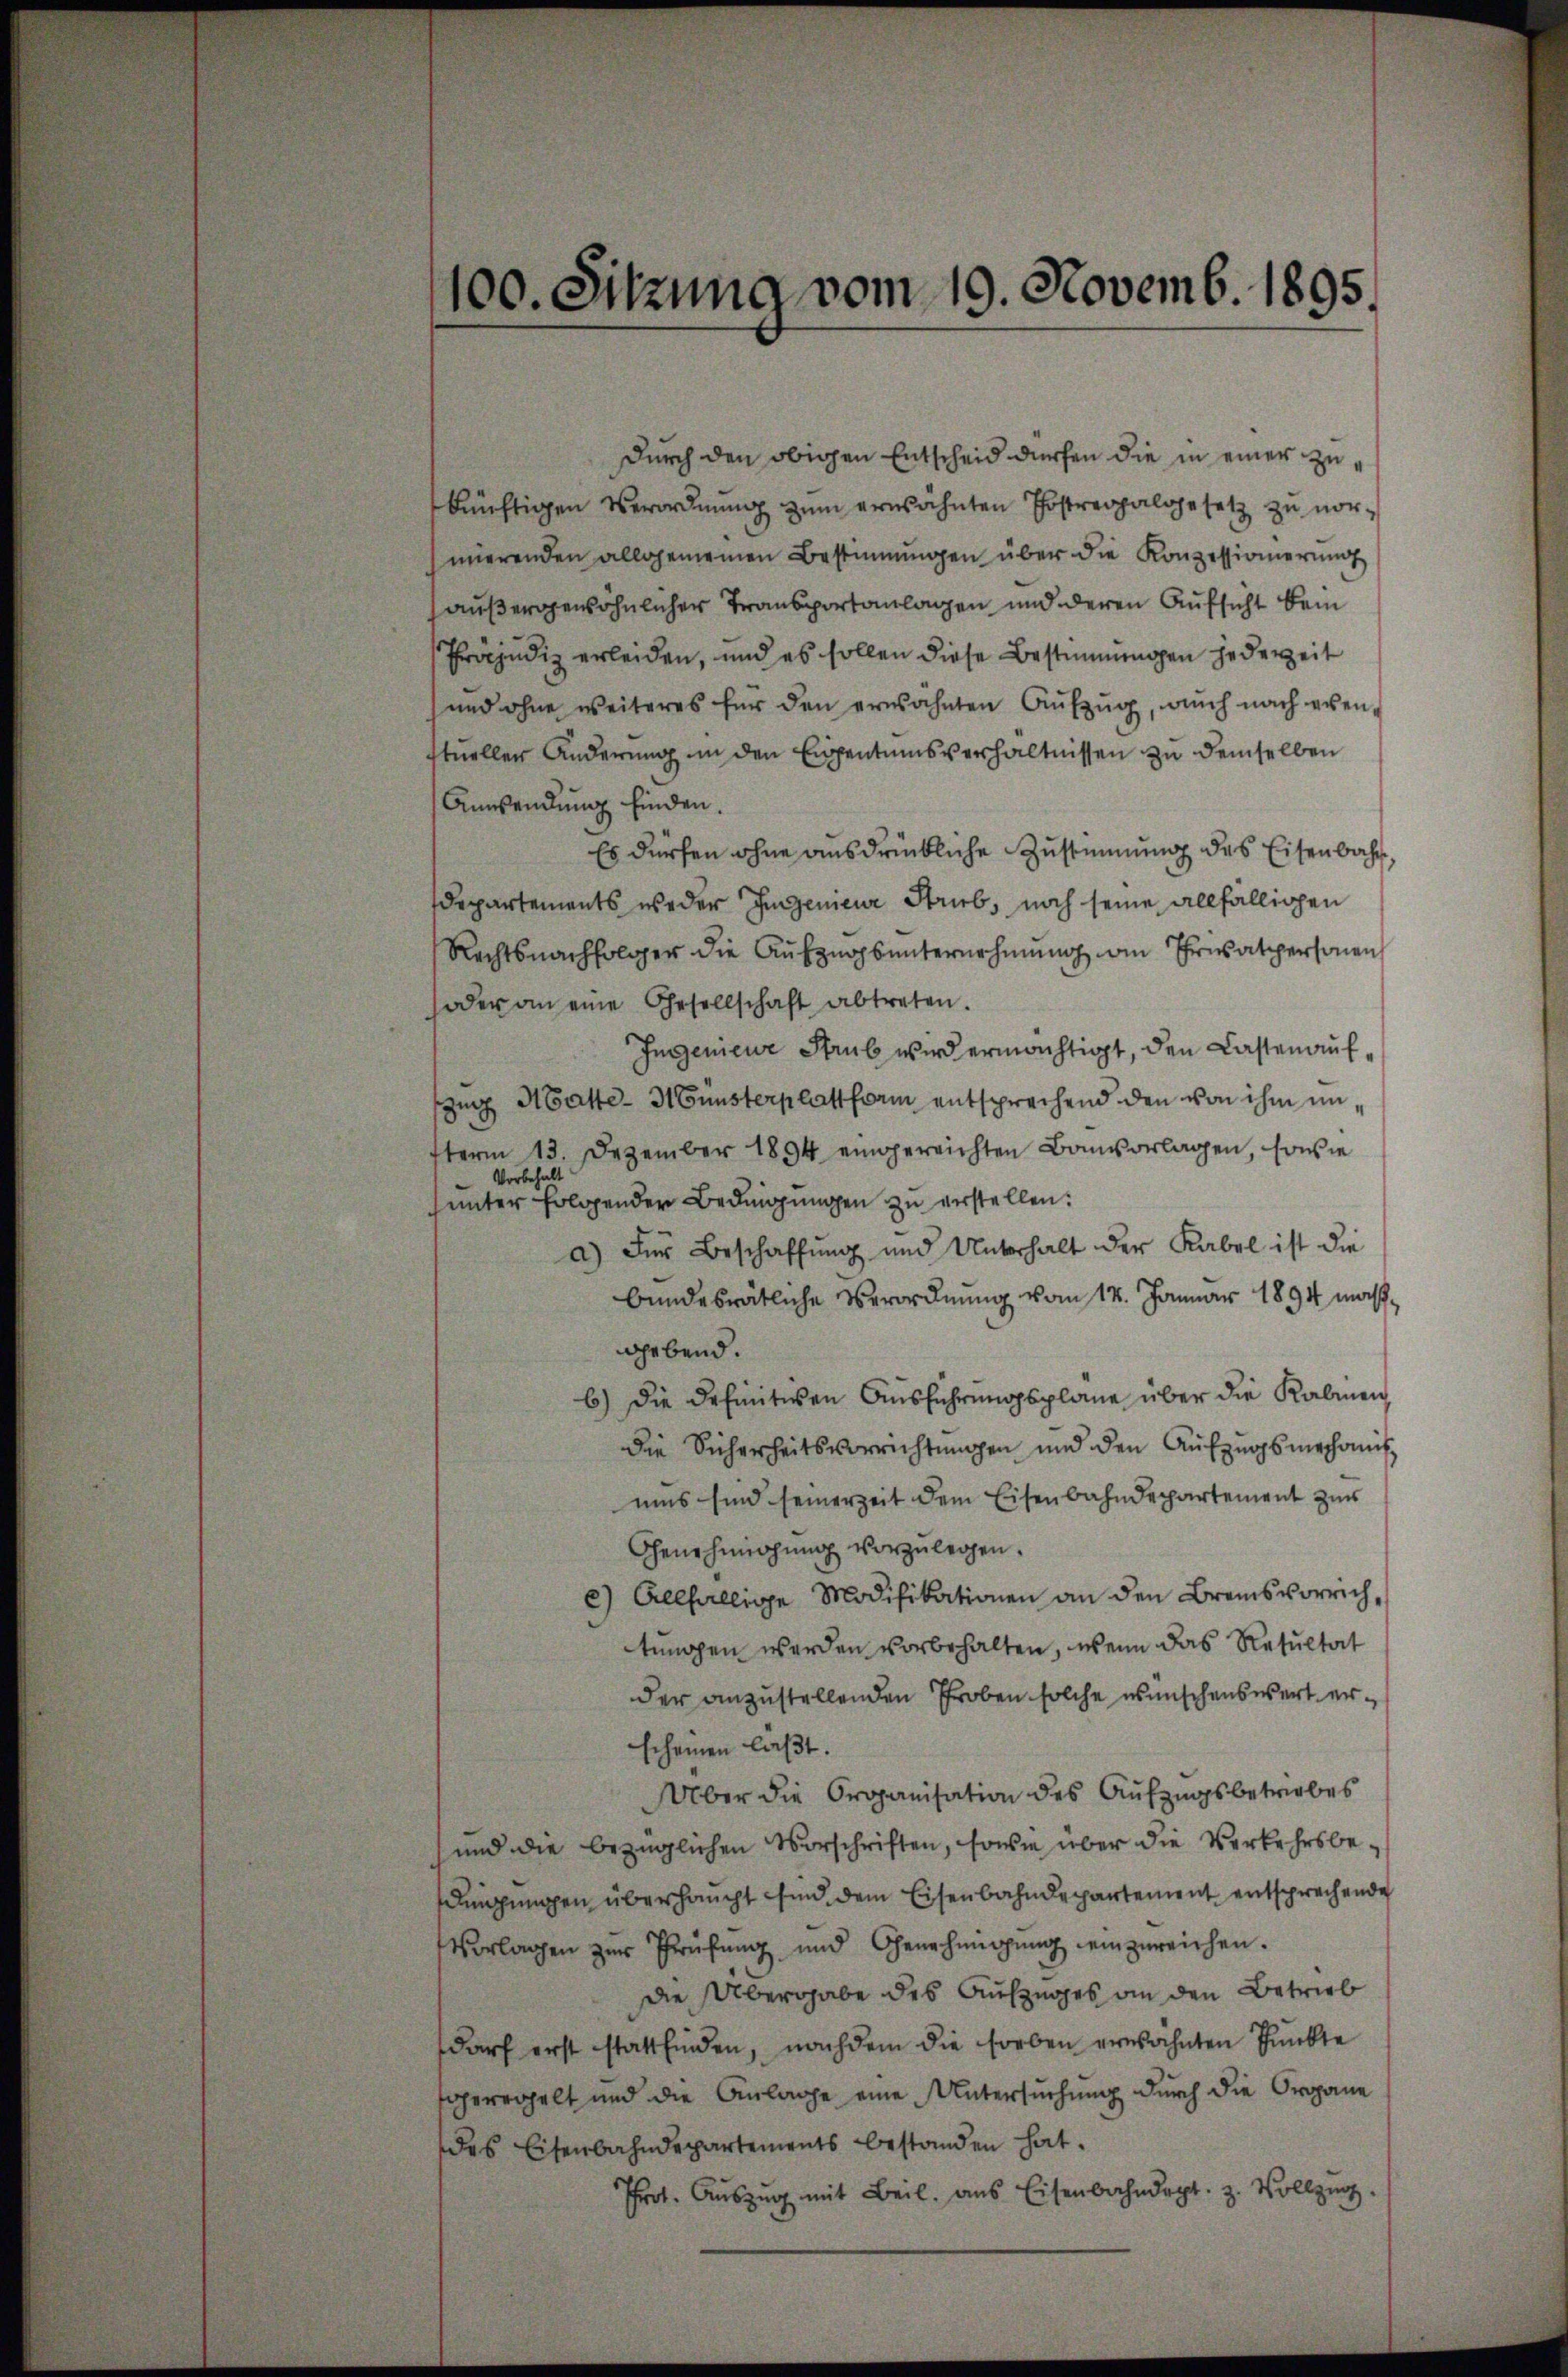
100. Sitzung vom 19. Novemb. 1895.

Durch den obigen Entscheid dürfen die in einer zukünftigen Verordnung zum erwähnten Postrechalgesetz zu nornnerenden allgemeinen Bestimmungen über die Konzessionierŭng
außergewöhnlicher Transportanlagen und deren Aufsicht beim
Präjudiz erleiden, und es sollen diese Bestimmungen jede weit
und ohne weiteres für den erwähnten Aufzug, auch nach evenstuellen Änderung in den Eigentumsverhältnissen zu demselben
Anwendung finden.
Es dürfen ohne ausdrückliche Zustimmung des Eisenbahn,
departements weder Ingenieur Strieb, noch seine allfälligen
Rechtsnachfolger die Aufzugsunternehmung an Privatpersonen
oder an eine Gesellschaft abtreten.
Ingenieur Strub wird ermächtigt, den Casten aufzug Matte-H Gunsterplattform entsprechend den von ihm unterm 13. Dezember 1894 eingereichten Banvorlagen, sowie
Vorbehalt
unter folgender Bedingungen zu erstellen.
a) Für Beschaffung und Unterhalt der Kabel ist die
bundesrätliche Verordnung vom 14. Januar 1894 maßgebend.
b) Die Definitiven Ausführungsplane über die Kabinen
die Sicherheitsvorrichtŭngen und den Aŭfzŭgsmechanis
ums sind seinerzeit dem Eisenbahndepartement zur
Genehmigung vorzulegen.
c) Allfällige Modifikationen an den Bremsvorrich,
tungen werden vorbehalten, wenn das Resultat
der anzustellenden Proben solche wünschenswert erscheinen laßt.
Über die Organisation des Aŭfzŭgsbetriebes
und die bezüglichen Vorschriften, sowie über die Verkehrsbedingungen überhaupt sind, dem Eisenbahndepartement entsprechende
Vorlagen zur Prüfŭng und Genehmigŭng einzureichen.
Die Übergabe des Aufzuges an den Betrieb
darf erst stattfinden, nachdem die Forben erwähnten Punkte
sperrchelt und die Anlage eine Untersuchung durch die Organe
des Eisenbahndepartements bestanden hat.
Prot. Aŭszŭg mit Beil. aus Eisenbahndept. z. Vollzŭg.